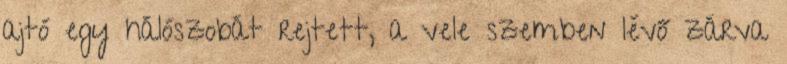
ajtó egy hálószobát rejtett, a vele szemben lévő zárva